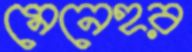
মেনেহর